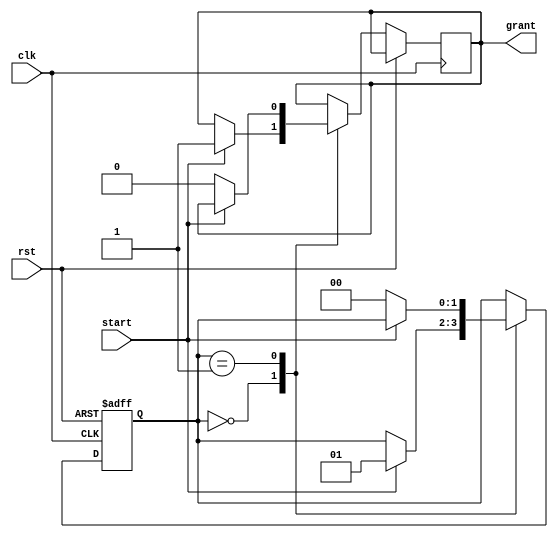
module serial_arbiter (
  input wire clk,  // Clock signal
  input wire rst,  // Reset signal
  input wire start,  // Start signal for data transfer
  output reg grant  // Grant signal for device access
);

reg [1:0] state;  // State variable for arbiter

// State machine for arbiter
always @ (posedge clk or posedge rst) begin
  if (rst) begin
    state <= 2'b00;  // Reset state
  end else begin
    case (state)
      2'b00: begin  // Idle state
        if (start) begin
          grant <= 1;  // Grant access to the device
          state <= 2'b01;  // Move to next state
        end
      end
      2'b01: begin  // Active state
        if (!start) begin
          grant <= 0;  // Revoke access to the device
          state <= 2'b00;  // Move back to idle state
        end
      end
    endcase
  end
end

endmodule